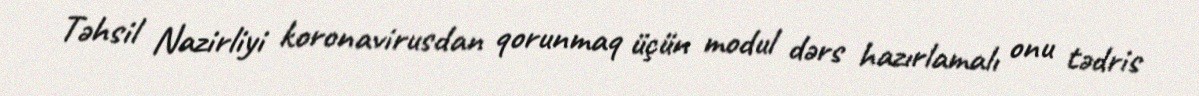
Təhsil Nazirliyi koronavirusdan qorunmaq üçün modul dərs hazırlamalı onu tədris